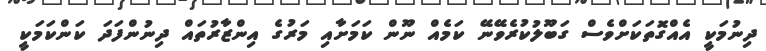
ދިނުމަކީ އެއްގޮތަކަށްވެސް ގަބޫލުކުރެވޭނޭ ކަމެއް ނޫން ކަމަށާއި މަރުގެ އިންޒާރުތައް ދިނުންފަދަ ކަންކަމަކީ